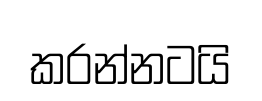
කරන්නටයි